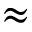
\approx